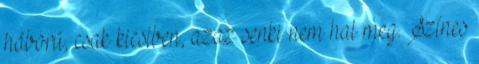
háború, csak kicsiben, azaz senki nem hal meg. Színes